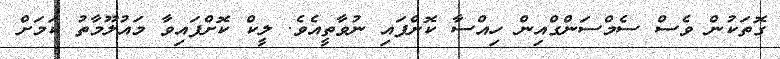
ގޮތަކުން ވެސް ސެމްސަންގްއިން ހިއްސާ ކޮށްފައި ނުވާތީއެވެ. ލީކް ކޮށްފައިވާ މައުލޫމާތު ކަމަށް